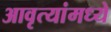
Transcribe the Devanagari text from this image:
आवृत्यांमध्ये